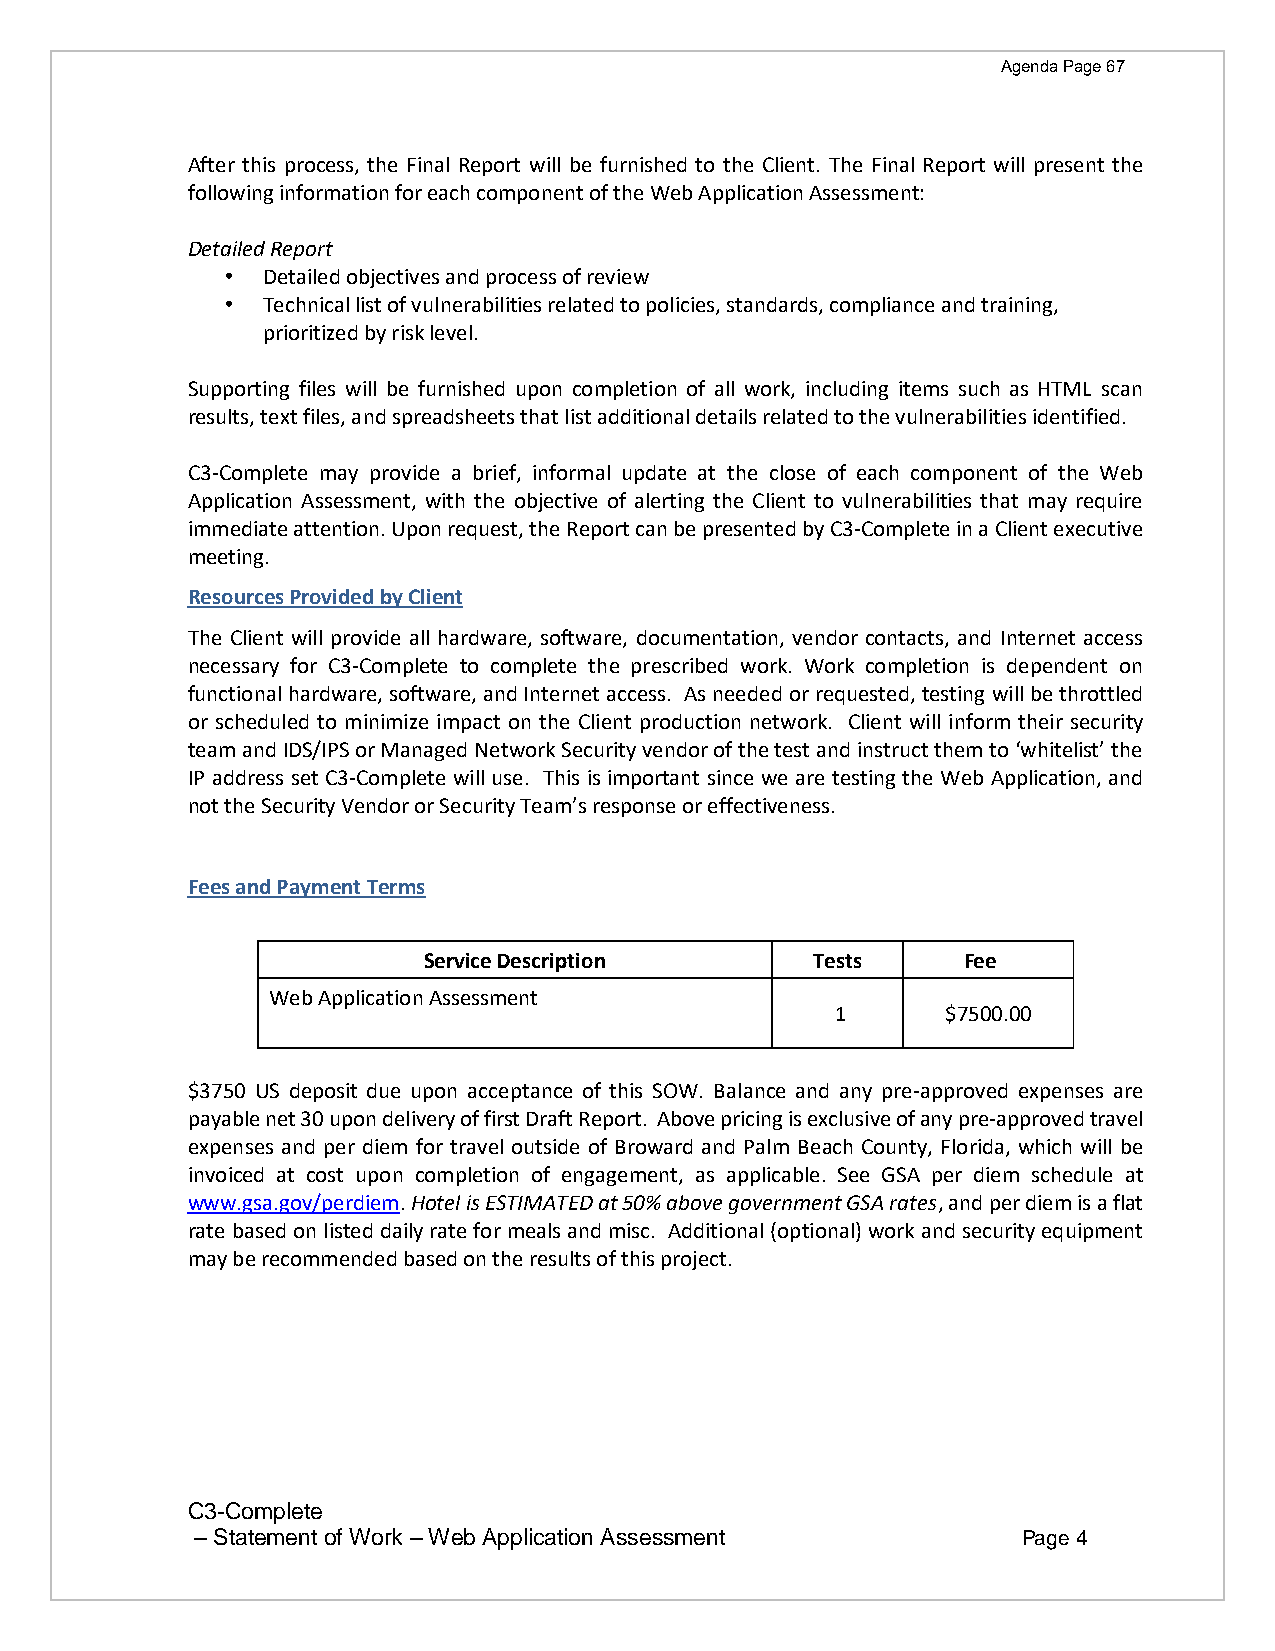
Agenda Page 67
 After this process, the Final Report will be furnished to the Client. The Final Report will present the
 following information for each component of the Web Application Assessment:
 Detailed Report
 • Detailed objectives and process of review
 • Technical list of vulnerabilities related to policies, standards, compliance and training,
 prioritized by risk level.
 Supporting files will be furnished upon completion of all work, including items such as HTML scan
 results, text files, and spreadsheets that list additional details related to the vulnerabilities identified.
 C3-Complete may provide a brief, informal update at the close of each component of the Web
 Application Assessment, with the objective of alerting the Client to vulnerabilities that may require
 immediate attention. Upon request, the Report can be presented by C3-Complete in a Client executive
 meeting.
 Resources Provided by Client
 The Client will provide all hardware, software, documentation, vendor contacts, and Internet access
 necessary for C3-Complete to complete the prescribed work. Work completion is dependent on
 functional hardware, software, and Internet access. As needed or requested, testing will be throttled
 or scheduled to minimize impact on the Client production network. Client will inform their security
 team and IDS/IPS or Managed Network Security vendor of the test and instruct them to ‘whitelist’ the
 IP address set C3-Complete will use. This is important since we are testing the Web Application, and
 not the Security Vendor or Security Team’s response or effectiveness.
 Fees and Payment Terms
 Service Description       Tests     Fee
 Web Application Assessment
 1       $7500.00
 $3750 US deposit due upon acceptance of this SOW. Balance and any pre-approved expenses are
 payable net 30 upon delivery of first Draft Report. Above pricing is exclusive of any pre-approved travel
 expenses and per diem for travel outside of Broward and Palm Beach County, Florida, which will be
 invoiced at cost upon completion of engagement, as applicable. See GSA per diem schedule at
 www.gsa.gov/perdiem. Hotel is ESTIMATED at 50% above government GSA rates, and per diem is a flat
 rate based on listed daily rate for meals and misc. Additional (optional) work and security equipment
 may be recommended based on the results of this project.
 C3-Complete
 – Statement of Work – Web Application Assessment       Page 4